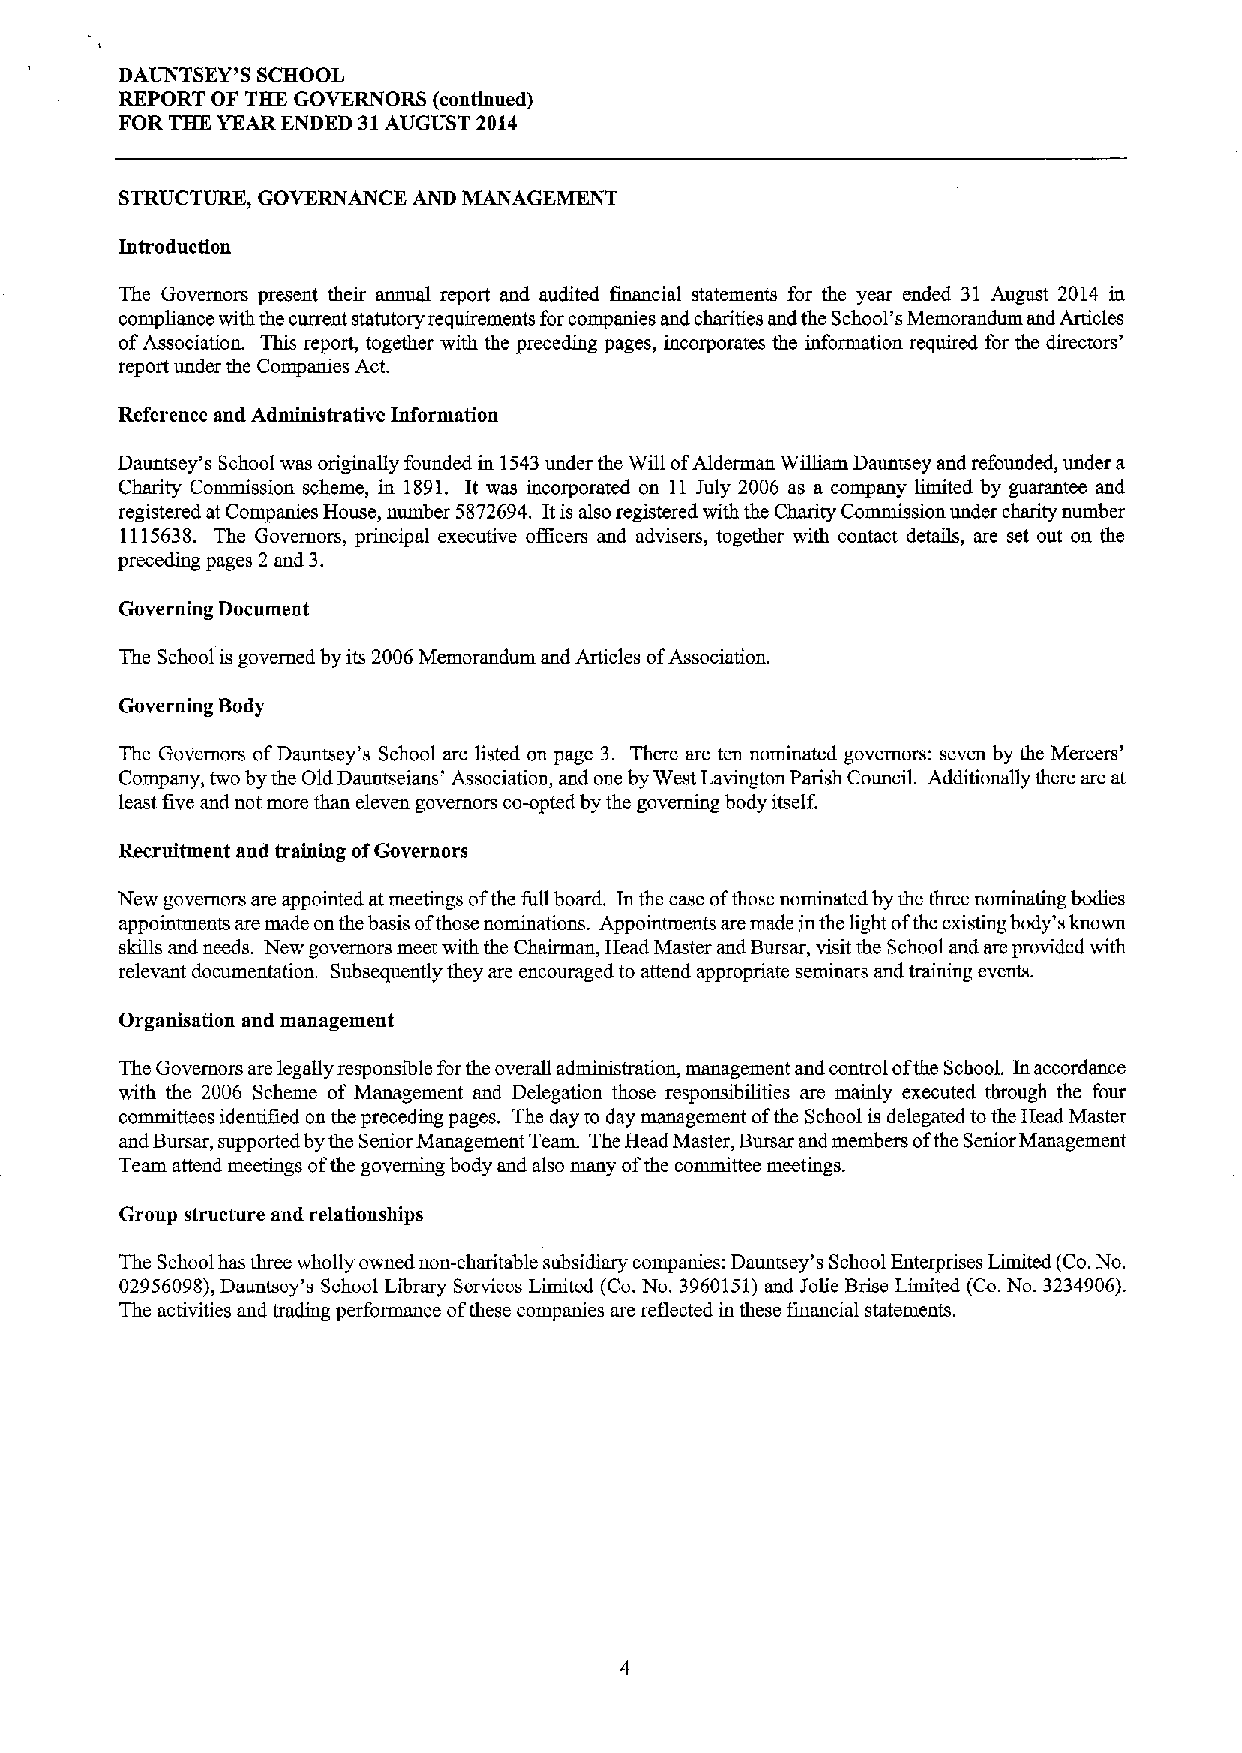
DAUNTSEY'S SCHOOL
 REPORT OF THE GOVERNORS (continued)
 FOR THE YEAR ENDED 31AUGUST 2014
 STRUCTURE, GOVERNANCE AND MANAGEMENT
 Introduction
 The Governors present their annual report and audited financial statements for the year ended 31 August 2014 in
 compliance with the current statutory requirements forcompanies and charities and the School's Memorandum and Articles
 ofAssociation. This report, together with the preceding pages, incorporates the information required for the directors'
 report under the Companies Act.
 Reference and Administrative Information
 Dauntsey's School was originally founded in 1543under the Will ofAlderman William Dauntsey and refounded, under a
 Charity Commission scheme, in 1891. It was incorporated on 11 July 2006 as a company limited by guarantee and
 registered at Companies House, number 5872694. Itis also registered with the Charity Commission under charity number
 1115638. The Governors, principal executive officers and advisers, together with contact details, are set out on the
 preceding pages 2 and 3.
 Governing Document
 The School is governed by its 2006Memorandum and Articles ofAssociation.
 Governing Body
 The Governors ofDauntsey's School are listed on page 3. There are ten nominated governors: seven by the Mercers'
 Company, two by the Old Dauntseians' Association, and one by West Lavington Parish Council. Additionally there are at
 least five and not more than eleven governors co-opted by the governing body itself.
 Recruitment and training ofGovernors
 New governors are appointed atmeetings ofthe full board. In the case ofthose nominated by the three nominating bodies
 appointments are made on the basis ofthose nominations. Appointments are made inthe light ofthe existing body's known
 skills and ntxxls. New governors meet with the Chairman, Head Master and Bursar, visit the School and are provided with
 relevant documentation. Subsequently they are encouraged to attend appropriate seminars and training events.
 Organisation and management
 The Governors are legally responsible forthe overall administration, management and control ofthe Scbool. Inaccordance
 with the 2006 Scheme of Management and Delegation those responsibilities are mainly executed through the four
 committees identified on the preceding pages. The day to day management ofthe School is delegated tothe Head Master
 and Bursar, supported bythe Senior Management Team. The Head Master, Bursar and members ofthe Senior Management
 Team attend meetings ofthe governing body and also many ofthe committee meetings.
 Group structure aud relationships
 The School has three wholly owned non-charitable subsidiary companies: Dauntsey's School Enterprises Limited (Co.No.
 02956098),Dauntsey's School Library Services Limited (Co.No. 3960151)and Jolie Brise Limited (Cc.No. 3234906).
 The activities and trading performance ofthese companies are reflected in these financial statements.